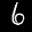
Label: 6